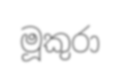
මූකුරා